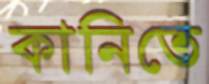
কানিতে